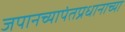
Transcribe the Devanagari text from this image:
जपानच्यापंतप्रधानाच्या